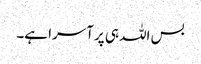
بس اللہ ہی پر آسرا ہے۔